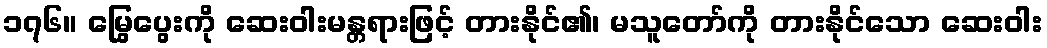
၁၇၆။ မြွေပွေးကို ဆေးဝါးမန္တရားဖြင့် တားနိုင်၏၊ မသူတော်ကို တားနိုင်သော ဆေးဝါး